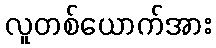
လူတစ်ယောက်အား